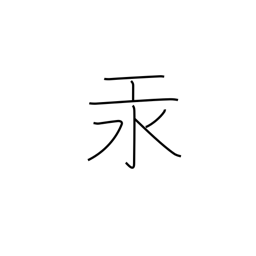
Meaning: mercury